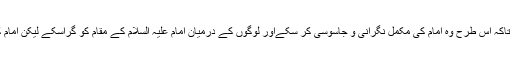
تاریخ میں ملتا ہے کہ متوکل انہیں اپنے درباریوں میں لانا چاہتا تھا تاکہ اس طرح وہ امام کی مکمل نگرانی و جاسوسی کر سکےاور لوگوں کے درمیان امام علیہ السلام کے مقام کو گراسکے لیکن امام کسی بھی صورت میں متوکل کے دربار میں جانا نہیں چاہتے تھے۔